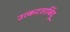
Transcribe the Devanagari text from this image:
उत्कटताबिंदू